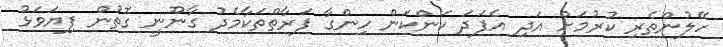
ހޭލުންތެރި ކުރުމަށް އަދި އެފަދަ ކަންކަން ހިންގާ ފަރާތްތަކާމެދު ގާނޫނީ ގޮތުން ފިޔަވަޅު